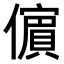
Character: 𭀀